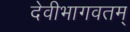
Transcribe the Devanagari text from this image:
देवीभागवतम्